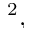
^ { 2 } ,